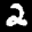
Label: 2